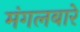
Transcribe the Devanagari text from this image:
मंगलबारे